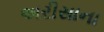
અરીસાના